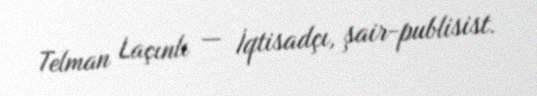
Telman Laçınlı — İqtisadçı, şair-publisist.